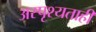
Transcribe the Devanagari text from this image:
अस्पृश्यताही